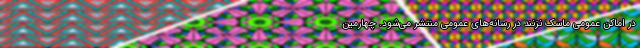
در اماکن عمومی ماسک نزنند در رسانه‌های عمومی منتشر می‌شود. چهارمین